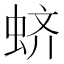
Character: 蛴